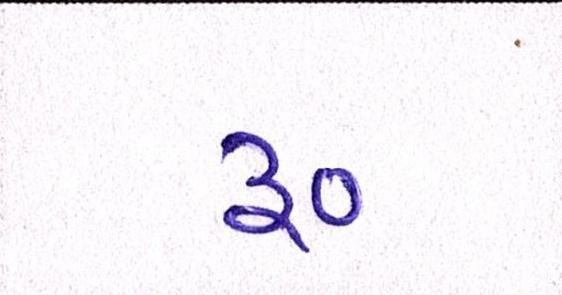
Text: ૱